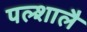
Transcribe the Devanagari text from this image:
पल्शालै